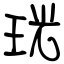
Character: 珖